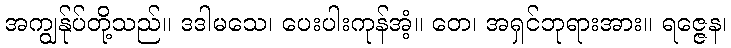
အကျွန်ုပ်တို့သည်။ ဒဒါမသေ၊ ပေးပါးကုန်အံ့။ တေ၊ အရှင်ဘုရားအား။ ရဇ္ဇေန၊